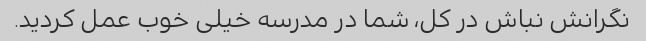
نگرانش نباش در کل، شما در مدرسه خیلی خوب عمل کردید.